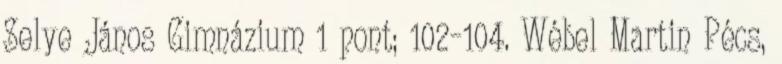
Selye János Gimnázium 1 pont; 102–104. Wébel Martin Pécs,